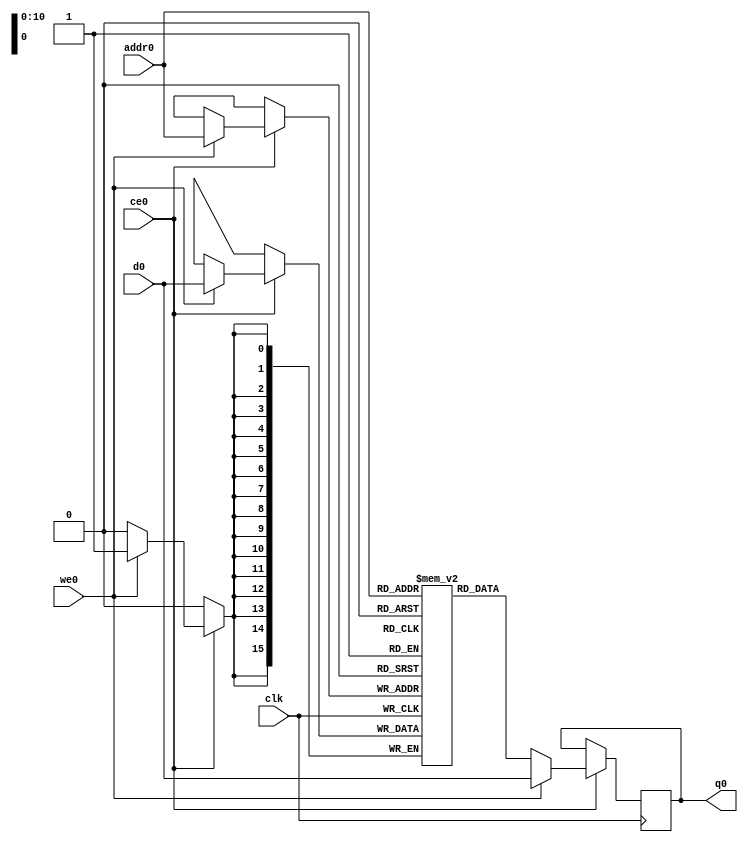
// ==============================================================
// File generated by Vivado(TM) HLS - High-Level Synthesis from C, C++ and SystemC
// Version: 2017.4
// Copyright (C) 1986-2017 Xilinx, Inc. All Rights Reserved.
// 
// ==============================================================

`timescale 1 ns / 1 ps
module line_buffer_12_bubkb_ram (addr0, ce0, d0, we0, q0,  clk);

parameter DWIDTH = 16;
parameter AWIDTH = 11;
parameter MEM_SIZE = 1056;

input[AWIDTH-1:0] addr0;
input ce0;
input[DWIDTH-1:0] d0;
input we0;
output reg[DWIDTH-1:0] q0;
input clk;

(* ram_style = "block" *)reg [DWIDTH-1:0] ram[0:MEM_SIZE-1];




always @(posedge clk)  
begin 
    if (ce0) 
    begin
        if (we0) 
        begin 
            ram[addr0] <= d0; 
            q0 <= d0;
        end 
        else 
            q0 <= ram[addr0];
    end
end


endmodule


`timescale 1 ns / 1 ps
module line_buffer_12_bubkb(
    reset,
    clk,
    address0,
    ce0,
    we0,
    d0,
    q0);

parameter DataWidth = 32'd16;
parameter AddressRange = 32'd1056;
parameter AddressWidth = 32'd11;
input reset;
input clk;
input[AddressWidth - 1:0] address0;
input ce0;
input we0;
input[DataWidth - 1:0] d0;
output[DataWidth - 1:0] q0;



line_buffer_12_bubkb_ram line_buffer_12_bubkb_ram_U(
    .clk( clk ),
    .addr0( address0 ),
    .ce0( ce0 ),
    .d0( d0 ),
    .we0( we0 ),
    .q0( q0 ));

endmodule